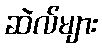
ဆဲလ်များ